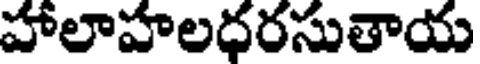
హాలాహలధరసుతాయ